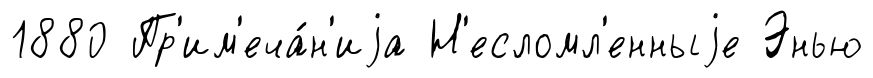
1880 Пр'им'еча́н'иjа Н'есломл'енныjе Энью